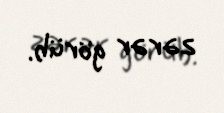
zərər görüb.